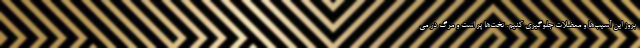
بروز این آسیب‌ها و معضلات جلوگیری کنیم. تخت‌ها پر است و مرگ در می